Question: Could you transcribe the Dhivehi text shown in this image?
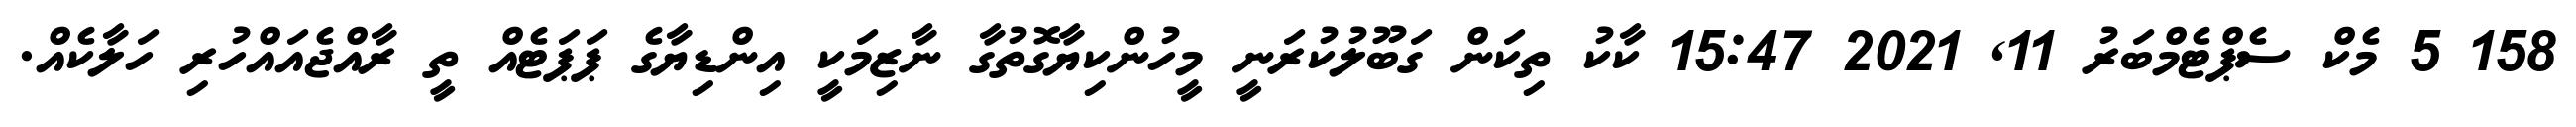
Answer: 158 5 މެކް ސެޕްޓެމްބަރު 11, 2021 15:47 ކާކު ތިކަން ގަބޫލުކުރަނީ މީހުންކިޔާގޮތުގާ ނާޒިމަކީ އިންޑިޔާގެ ޕަޕަޓެއް ތީ ރާއްޖެއައްހުރި ހަލާކެއް.